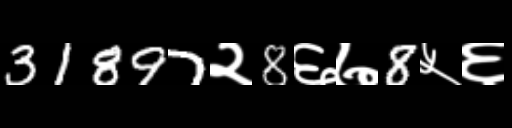
Text: 31897२8६७8५६